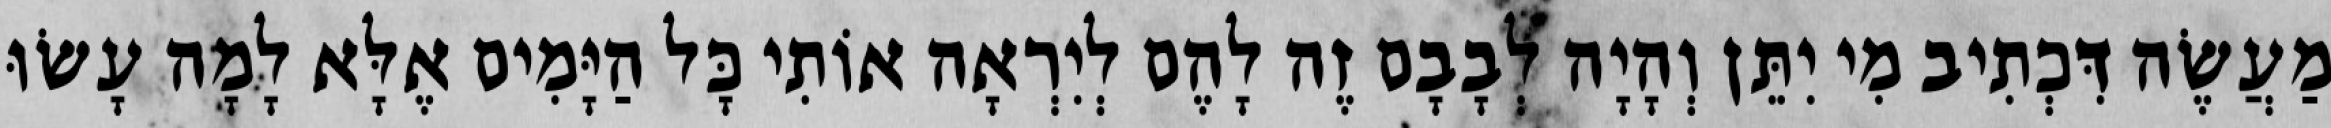
מַעֲשֶׂה דִּכְתִיב מִי יִתֵּן וְהָיָה לְבָבָם זֶה לָהֶם לְיִרְאָה אוֹתִי כָּל הַיָּמִים אֶלָּא לָמָה עָשׂוּ